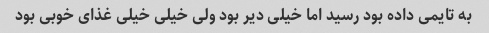
به تایمی داده بود رسید اما خیلی دیر بود ولی خیلی خیلی غذای خوبی بود